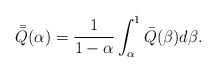
\begin{align*} \bar{\bar Q}(\alpha)= \frac{1}{1-\alpha}\int_\alpha^1{\bar Q}(\beta)d\beta.\end{align*}